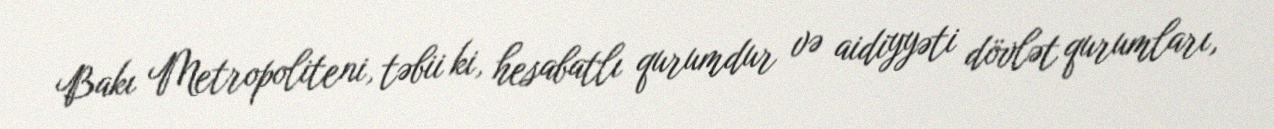
Bakı Metropoliteni, təbii ki, hesabatlı qurumdur və aidiyyəti dövlət qurumları,